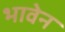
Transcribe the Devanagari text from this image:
भावेन